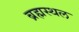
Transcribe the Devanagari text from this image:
ब्रह्मस्थल